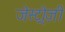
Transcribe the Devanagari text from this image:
जेस्ट्रोज़ी